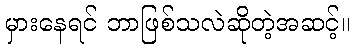
မှားနေရင် ဘာဖြစ်သလဲဆိုတဲ့အဆင့်။